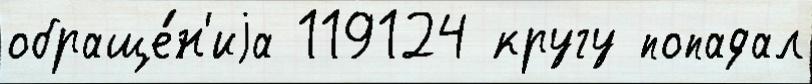
обраще́н'иjа 119124 кругу попадал